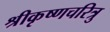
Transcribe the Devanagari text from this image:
श्रीकृष्णचरित्रु